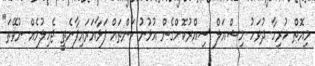
މިއޮތް ހުރިހާ ދުވަހު މިޝްއަލް ސިއްރުކޮށްގެން އުޅުނު ކަންތައް ފަޅާއަރައިފާނެތީ ޖެހިލުމެއް ނުވޭތަ"